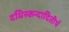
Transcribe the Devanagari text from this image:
दधिस्कन्दादितीर्थ